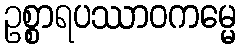
ဥစ္စာရပဿာဝကမ္မေ